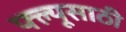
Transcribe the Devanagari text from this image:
फ्ल्यूसाठी